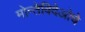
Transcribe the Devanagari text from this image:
मोन्तेविदेओचे